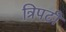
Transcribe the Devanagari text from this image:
त्रिपटी